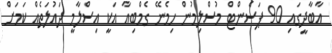
އާބާދީގައި 90 ޕަސެންޓް މުސްލިމުން ހިމެނޭ ގެމްބިއާ އަކީ އިސްލާމީ ދައުލަތެއް ކަމަށް